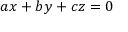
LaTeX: a x + b y + c z = 0